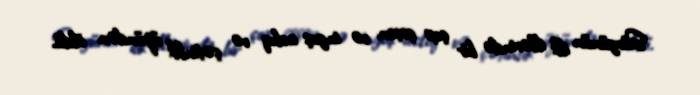
Sürgünün ilk illərində bir çox çeçen və inguş aclıq və çətinlik üzündən öldü.